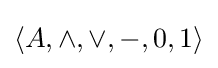
\langle A,\land ,\lor ,-,0,1\rangle